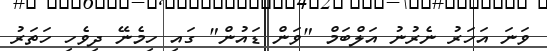
ވަނަ އަހަރު ނެރުނު އަލްބަމް "ވަން ޑައުން" ގައި ހިމެނޭ ދިވެހި ހަތަރު